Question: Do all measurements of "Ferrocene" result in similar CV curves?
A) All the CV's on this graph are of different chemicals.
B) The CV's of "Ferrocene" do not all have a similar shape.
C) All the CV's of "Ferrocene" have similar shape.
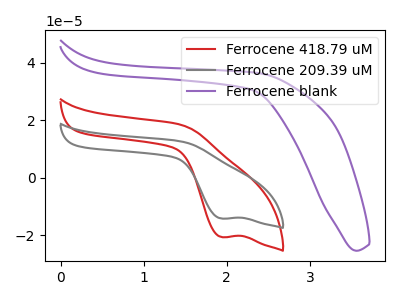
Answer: <think>The red curve "Ferrocene 418.79 uM" has a cathodic peak at: (1.95V, -20.65uA). The gray curve "Ferrocene 209.39 uM" has a cathodic peak at: (1.95V, -14.20uA). The purple curve "Ferrocene blank" has no peaks.
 All the peaks in "Ferrocene 418.79 uM" have a peak in "Ferrocene 209.39 uM" at the same potential. Every peak in "Ferrocene 418.79 uM" is higher than every peak in "Ferrocene 209.39 uM". "Ferrocene 418.79 uM" and "Ferrocene blank" have a different number of peaks. "Ferrocene 209.39 uM" and "Ferrocene blank" have a different number of peaks.</think>
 <answer>C) All the CV's of "Ferrocene" have similar shape.</answer>
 <eval>C</eval>